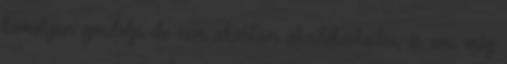
komolyan gondolja de nem akartam akadékoskodni, és ami még